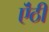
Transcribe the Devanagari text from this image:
ऎंठी